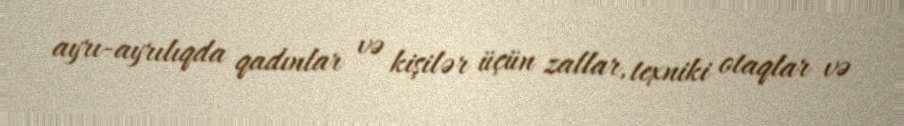
ayrı-ayrılıqda qadınlar və kişilər üçün zallar, texniki otaqlar və